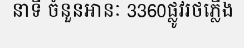
នាទី ចំនួនអានៈ 3360ផ្លូវរថភ្លើង